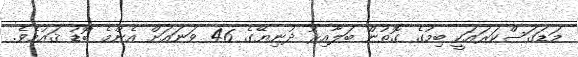
މަޑަގަސްކަރައަކީ ބިމުގެ ގޮތުން ބަލާއިރު ދުނިޔޭގެ 46 ވަނައަށް އެންމެ ބޮޑު ޤައުމެވެ.